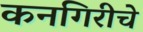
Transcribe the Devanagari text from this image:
कनगिरीचे